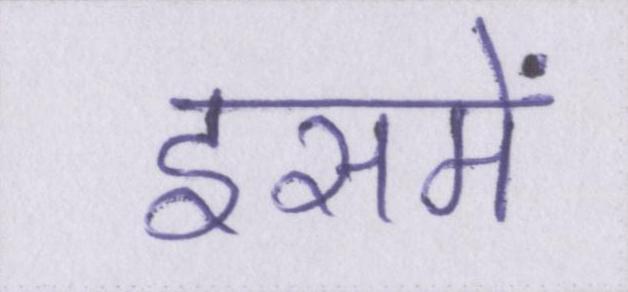
इसमें